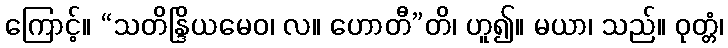
ကြောင့်။ “သတိန္ဒြိယမေဝ၊ လ။ ဟောတီ”တိ၊ ဟူ၍။ မယာ၊ သည်။ ဝုတ္တံ၊